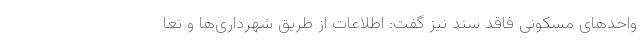
واحدهای مسکونی فاقد سند نیز گفت: اطلاعات از طریق شهرداری‌ها و تعا